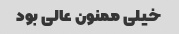
خیلی ممنون عالی بود